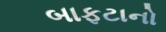
બાફટાનો